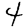
Digit: 4